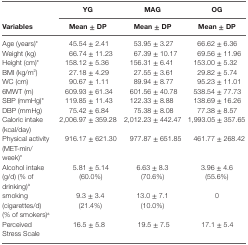
<table><thead><tr><td></td><td><b>YG</b></td><td><b>MAG</b></td><td><b>OG</b></td></tr><tr><td><b>Variables</b></td><td><b>Mean ± DP</b></td><td><b>Mean ± DP</b></td><td><b>Mean ± DP</b></td></tr></thead><tbody><tr><td>Age (years)*</td><td>45.54 ± 2.41</td><td>53.95 ± 3.27</td><td>66.62 ± 6.36</td></tr><tr><td>Weight (kg)</td><td>66.74 ± 11.23</td><td>67.39 ± 10.17</td><td>69.56 ± 11.96</td></tr><tr><td>Height (cm)*</td><td>158.12 ± 5.36</td><td>156.31 ± 6.41</td><td>153.00 ± 5.32</td></tr><tr><td>BMI (kg/m<sup>2</sup>)</td><td>27.18 ± 4.29</td><td>27.55 ± 3.61</td><td>29.82 ± 5.74</td></tr><tr><td>WC (cm)</td><td>90.67 ± 1.11</td><td>89.94 ± 8.77</td><td>95.23 ± 11.01</td></tr><tr><td>6MWT (m)</td><td>609.93 ± 61.34</td><td>601.56 ± 40.78</td><td>538.54 ± 77.73</td></tr><tr><td>SBP (mmHg)*</td><td>119.85 ± 11.43</td><td>122.33 ± 8.88</td><td>138.69 ± 16.26</td></tr><tr><td>DBP (mmHg)</td><td>75.42 ± 6.84</td><td>75.38 ± 8.08</td><td>77.38 ± 8.57</td></tr><tr><td>Caloric intake (kcal/day)</td><td>2,006.97 ± 359.28</td><td>2,012.23 ± 442.47</td><td>1,993.05 ± 357.65</td></tr><tr><td>Physical activity (MET-min/week)*</td><td>916.17 ± 621.30</td><td>977.87 ± 651.85</td><td>461.77 ± 268.42</td></tr><tr><td>Alcohol intake (g/d) (% of drinking)<sup>a</sup></td><td>5.81 ± 5.14 (60.0%)</td><td>6.63 ± 8.3 (70.6%)</td><td>3.96 ± 4.6 (55.6%)</td></tr><tr><td>smoking (cigarettes/d) (% of smokers)<sup>a</sup></td><td>9.3 ± 3.4 (21.4%)</td><td>13.0 ± 7.1 (10.0%)</td><td>0</td></tr><tr><td>Perceived Stress Scale</td><td>16.5 ± 5.8</td><td>19.5 ± 7.5</td><td>17.1 ± 5.4</td></tr></tbody></table>